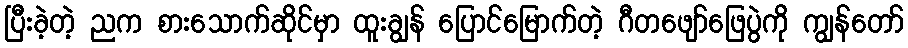
ပြီးခဲ့တဲ့ ညက စားသောက်ဆိုင်မှာ ထူးချွန် ပြောင်မြောက်တဲ့ ဂီတဖျော်ဖြေပွဲကို ကျွန်တော်